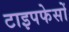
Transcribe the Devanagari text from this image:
टाइपफेसों